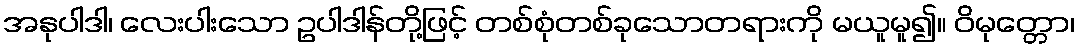
အနုပါဒါ၊ လေးပါးသော ဥပါဒါန်တို့ဖြင့် တစ်စုံတစ်ခုသောတရားကို မယူမူ၍။ ဝိမုတ္တော၊